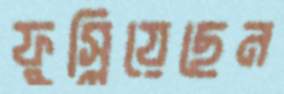
ফুস্‌লিয়েছেন